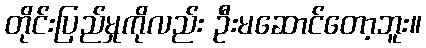
တိုင်းပြည်မှုကိုလည်း ဦးမဆောင်တော့ဘူး။